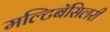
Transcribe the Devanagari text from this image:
मल्टिबॅसिलरी